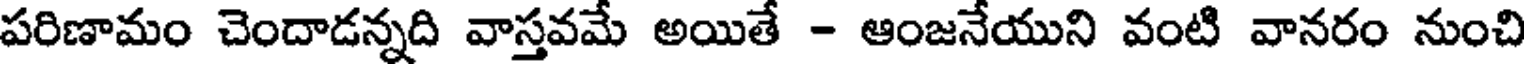
పరిణామం చెందాడన్నది వాస్తవమే అయితే - ఆంజనేయుని వంటి వానరం నుంచి